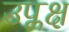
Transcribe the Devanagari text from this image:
उप्लक्ष